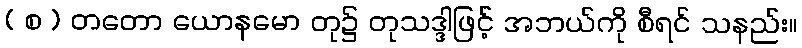
( စ ) တတော ယောနမော တု၌ တုသဒ္ဒါဖြင့် အဘယ်ကို စီရင် သနည်း။